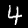
Digit: 4